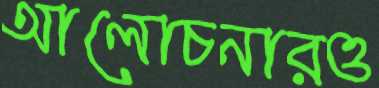
আলোচনারও